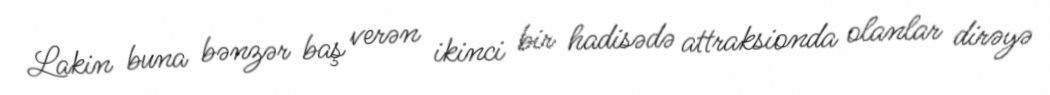
Lakin buna bənzər baş verən ikinci bir hadisədə attraksionda olanlar dirəyə